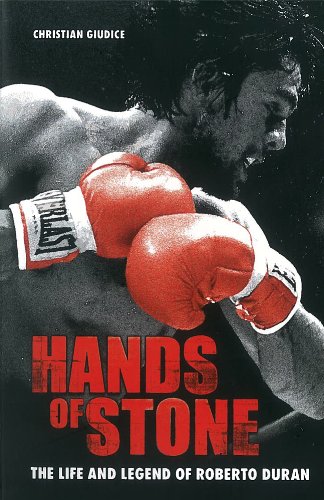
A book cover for Hands of Stone: The Life and Legend of Roberto Duran; Christian Giudice; Biographies & Memoirs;